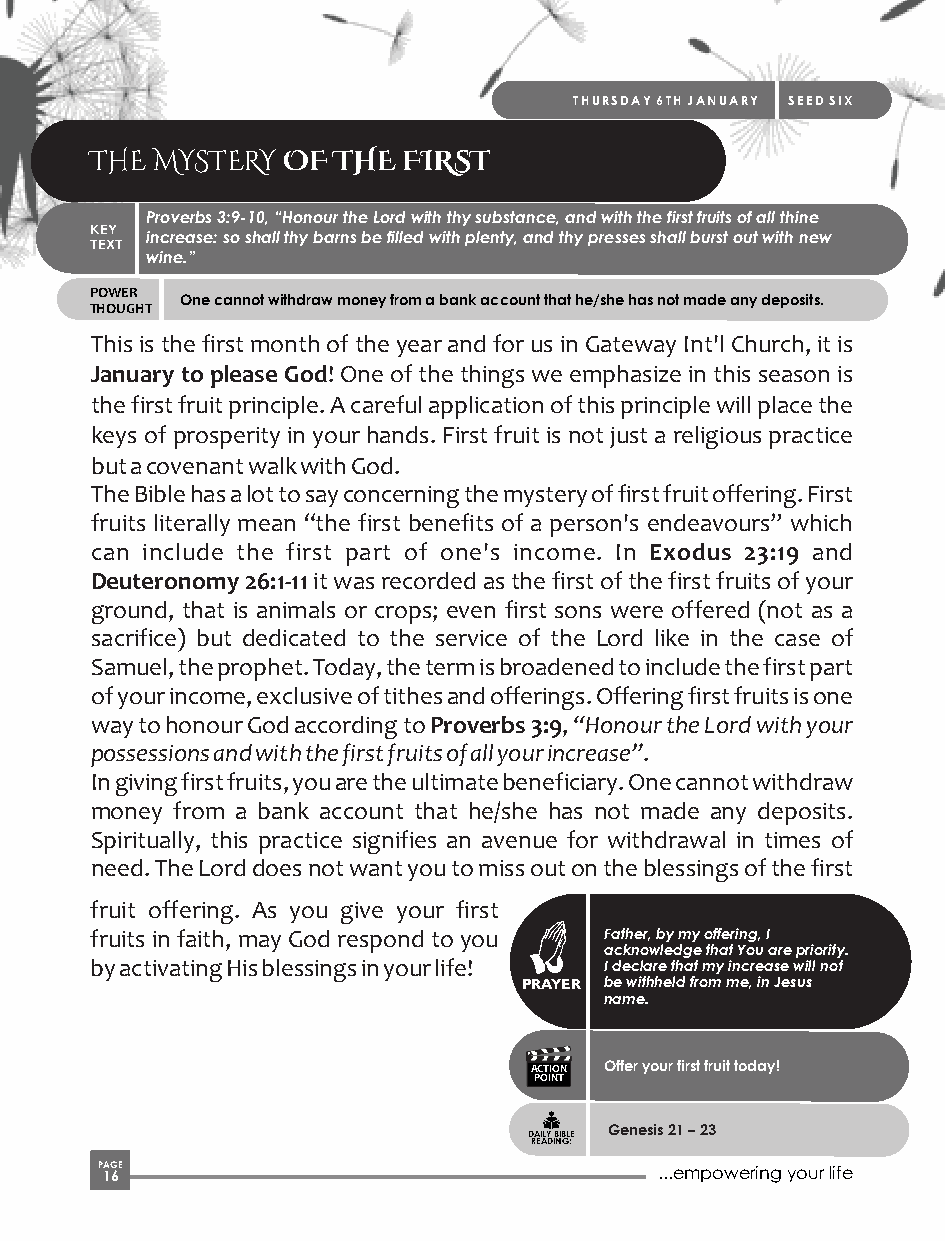
THURSDAY 6TH JANUARY SEED SIX
 THE MYSTERY  OF THE  FIRST
 Proverbs 3:9-10, “Honour the Lord with thy substance, and with the first fruits of all thine
 KEY
 increase: so shall thy barns be filled with plenty, and thy presses shall burst out with new
 TEXT
 wine.”
 POWER
 One cannot withdraw money from a bank account that he/she has not made any deposits.
 THOUGHT
 This is the first month of the year and for us in Gateway Int'l Church, it is
 January to please God! One of the things we emphasize in this season is
 the first fruit principle. A careful application of this principle will place the
 keys of prosperity in your hands. First fruit is not just a religious practice
 but a covenant walk with God.
 The Bible has a lot to say concerning the mystery of first fruit offering. First
 fruits literally mean “the first benefits of a person's endeavours” which
 can include the first part of one's income. In Exodus 23:19 and
 Deuteronomy 26:1-11 it was recorded as the first of the first fruits of your
 ground, that is animals or crops; even first sons were offered (not as a
 sacrifice) but dedicated to the service of the Lord like in the case of
 Samuel, the prophet. Today, the term is broadened to include the first part
 of your income, exclusive of tithes and offerings. Offering first fruits is one
 way to honour God according to Proverbs 3:9, “Honour the Lord with your
 possessions and with the first fruits of all your increase”.
 In giving first fruits, you are the ultimate beneficiary. One cannot withdraw
 money from a bank account that he/she has not made any deposits.
 Spiritually, this practice signifies an avenue for withdrawal in times of
 need. The Lord does not want you to miss out on the blessings of the first
 fruit offering. As you give your first
 fruits in faith, may God respond to you Father, by my offering, I
 acknowledge that You are priority.
 by activating His blessings in your life! I declare that my increase will not
 PRAYER be withheld from me, in Jesus
 name.
 ACTION Offer your first fruit today!
 POINT
 Genesis 21 – 23
 DAILY BIBLE
 READING:
 P 1AG 6E                              ...empowering your life